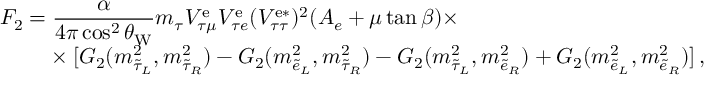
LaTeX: \begin{array} { l l } { { F _ { 2 } = \displaystyle \frac { \alpha } { 4 \pi \cos ^ { 2 } \theta _ { \mathrm { W } } } m _ { \tau } V _ { \tau \mu } ^ { \mathrm { e } } V _ { \tau e } ^ { \mathrm { e } } ( V _ { \tau \tau } ^ { \mathrm { e * } } ) ^ { 2 } ( A _ { e } + \mu \tan \beta ) \times } } \\ { { \phantom { F _ { 2 } = } \times [ G _ { 2 } ( m _ { \tilde { \tau } _ { L } } ^ { 2 } , m _ { \tilde { \tau } _ { R } } ^ { 2 } ) - G _ { 2 } ( m _ { \tilde { e } _ { L } } ^ { 2 } , m _ { \tilde { \tau } _ { R } } ^ { 2 } ) - G _ { 2 } ( m _ { \tilde { \tau } _ { L } } ^ { 2 } , m _ { \tilde { e } _ { R } } ^ { 2 } ) + G _ { 2 } ( m _ { \tilde { e } _ { L } } ^ { 2 } , m _ { \tilde { e } _ { R } } ^ { 2 } ) ] \, , } } \end{array}